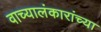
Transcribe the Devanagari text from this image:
वाच्यालंकारांच्या